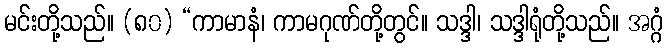
မင်းတို့သည်။ (၈၀) “ကာမာနံ၊ ကာမဂုဏ်တို့တွင်။ သဒ္ဒါ၊ သဒ္ဒါရုံတို့သည်။ အဂ္ဂံ